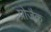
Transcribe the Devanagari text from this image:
प्रोजैक